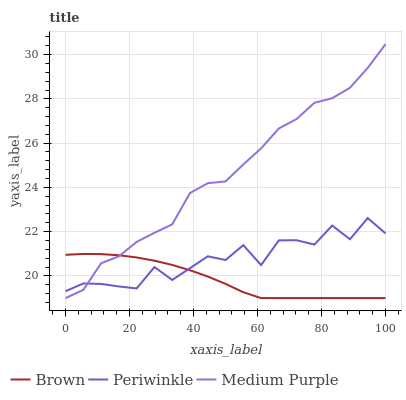
| xaxis_label | Brown | Periwinkle | Medium Purple |
 | --- | --- | --- | --- |
 | 0 | 21 | 19.3 | 19 |
 | 5.56 | 21 | 19.7 | 19.4 |
 | 11.1 | 21 | 19.6 | 20.6 |
 | 16.7 | 20.9 | 19.5 | 20.9 |
 | 22.2 | 20.8 | 19.4 | 21.5 |
 | 27.8 | 20.7 | 20.4 | 21.9 |
 | 33.3 | 20.5 | 19.8 | 22.3 |
 | 38.9 | 20.3 | 20.4 | 23.7 |
 | 44.4 | 20 | 20.9 | 24.2 |
 | 50 | 19.6 | 20.7 | 24.3 |
 | 55.6 | 19.3 | 21.4 | 25 |
 | 61.1 | 19 | 20.5 | 25.8 |
 | 66.7 | 19 | 21.6 | 26.7 |
 | 72.2 | 19 | 21.6 | 27.1 |
 | 77.8 | 19 | 21.4 | 27.8 |
 | 83.3 | 19 | 22.3 | 28 |
 | 88.9 | 19 | 21.7 | 28.5 |
 | 94.4 | 19 | 22.6 | 29.4 |
 | 100 | 19 | 21.9 | 30.5 |